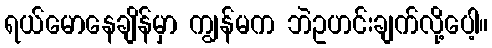
ရယ်မောနေချိန်မှာ ကျွန်မက ဘဲဥဟင်းချက်လို့ပေါ့။